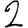
Digit: 2